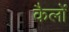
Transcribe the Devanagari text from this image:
कैलों